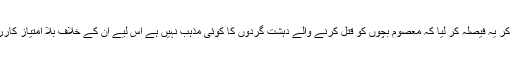
اس واقعہ کے بعد پاکستانی قوم نے ڈرنے کی بجائے متحدہو کر یہ فیصلہ کر لیا کہ معصوم بچوں کو قتل کرنے والے دہشت گردوں کا کوئی مذہب نہیں ہے اس لیے ان کے خلاف بلا امتیاز کارروائی کر کے انسانیت کے دشمنوں کو واصل جہنم کیا جائے۔